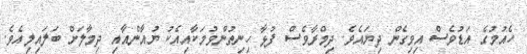
ހެއުމުގެ އަޑުވެސް އިވިގެން ދިޔައެވެ. ދިމްރާާވެސް ފުޅާ ހިނިތުންވުމަކާއިއެކު ޔުއާންއާއި ދިމާލަށް ބަލައިލިއެވެ.